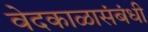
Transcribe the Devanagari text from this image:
वेदकाळासंबंधी